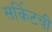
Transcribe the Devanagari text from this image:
सर्किटची